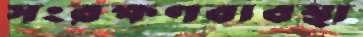
সংরক্ষণব্যবস্থা